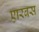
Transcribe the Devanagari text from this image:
एारबस